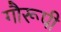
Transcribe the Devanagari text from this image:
गौरूपी